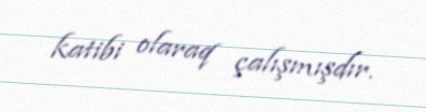
katibi olaraq çalışmışdır.